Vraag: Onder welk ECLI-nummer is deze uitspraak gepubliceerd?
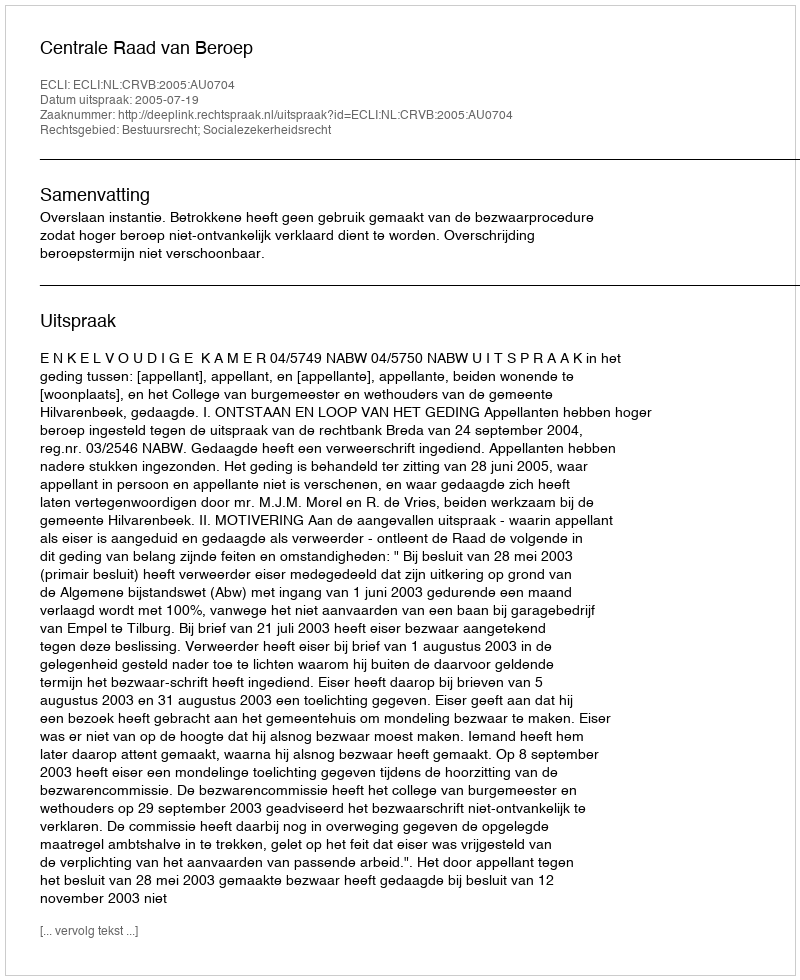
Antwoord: ECLI:NL:CRVB:2005:AU0704